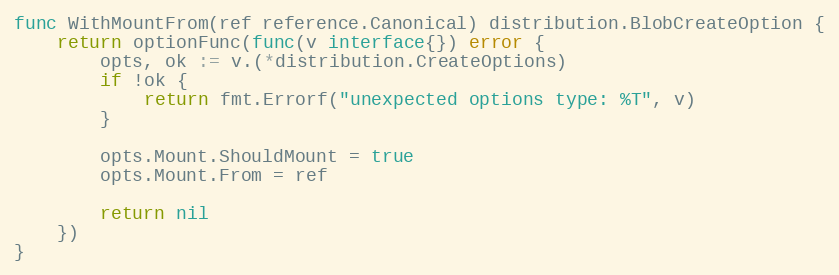
Language: Go
func WithMountFrom(ref reference.Canonical) distribution.BlobCreateOption {
	return optionFunc(func(v interface{}) error {
		opts, ok := v.(*distribution.CreateOptions)
		if !ok {
			return fmt.Errorf("unexpected options type: %T", v)
		}

		opts.Mount.ShouldMount = true
		opts.Mount.From = ref

		return nil
	})
}